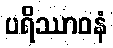
ပရိဿာဝနံ